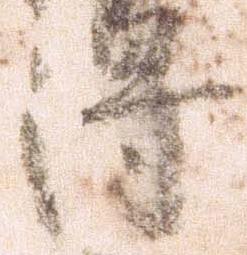
得